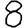
Digit: 8